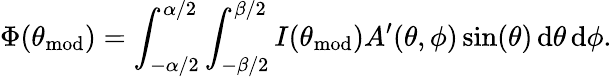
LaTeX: \Phi(\theta_{\mathrm{mod}})=\int_{-\alpha/2}^{\alpha/2}\int_{-\beta/2}^{\beta/2}I(\theta_{\mathrm{mod}})A^{\prime}(\theta,\phi)\sin(\theta)\, \mathrm{d}\theta\, \mathrm{d}\phi.